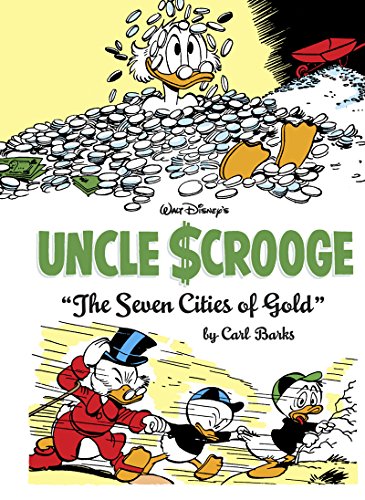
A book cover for Walt Disney's Uncle Scrooge: "The Seven Cities Of Gold" (Vol. 14)  (The Carl Barks Library); Carl Barks; Comics & Graphic Novels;